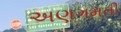
અણગમતી